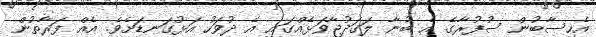
އެހިސާބުން ސުފުރާގެ އެ ބުނާ ލަގަދުޖާވަޅެއްގައި އެ ދުވަހު އަޅުގަނޑަށެވެ. އެއް ފަރާތުން